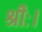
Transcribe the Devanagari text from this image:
श्रीः।